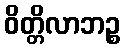
ဝိတ္တိလာဘဉ္စ